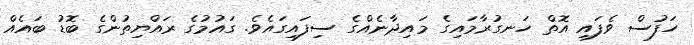
ހަފުސް ވެފައި އޮތް ހަނގުރާމައިގެ މައިދާނެއްގެ ސިފައިގައެވެ. ގައުމުގެ ރައްޔިތުންގެ ބޮޑު ބައެއް